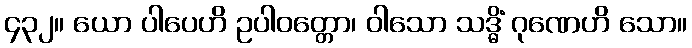
၄၃၂။ ယော ပါပေဟိ ဥပါဝတ္တော၊ ဝါသော သဒ္ဓိံ ဂုဏေဟိ သော။